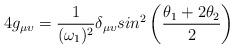
LaTeX: \begin{align*}4g_{\mu \upsilon} = {1 \over (\omega_1)^2} \delta_{\mu\upsilon} sin ^2 \left({\theta_1 + 2\theta _2\over 2} \right)\end{align*}